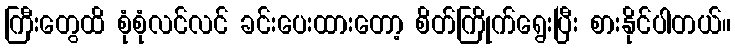
ကြီးတွေထိ စုံစုံလင်လင် ခင်းပေးထားတော့ စိတ်ကြိုက်ရွေးပြီး စားနိုင်ပါတယ်။